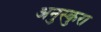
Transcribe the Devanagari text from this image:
अनुस्कुरा